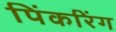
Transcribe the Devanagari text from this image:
पिंकरिंग